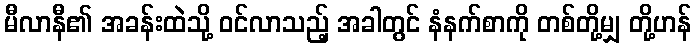
မီလာနီ၏ အခန်းထဲသို့ ဝင်လာသည့် အခါတွင် နံနက်စာကို တစ်တို့မျှ တို့ဟန်